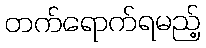
တက်ရောက်ရမည့်